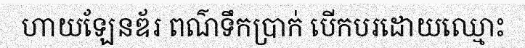
ហាយឡែនឌ័រ ពណ៌ទឹកប្រាក់ បើកបរដោយឈ្មោះ